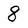
Character: 8